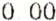
0.00